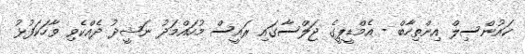
ކައުންސިލް އިންތިހާބް - އެމްޑީޕީގެ ޖަލްސާގައި ރައީސް މުހައްމަދު ނަޝީދު ދެއްކެވި ވާހަަކަފުޅު